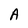
Character: A